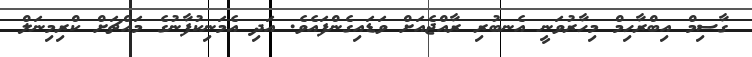
ގާސިމް އިބްރާހިމް މިހާރުވަނީ އެނބުރި ރާއްޖެއަށް ވަޑައިގެންފައެވެ. އަދި އެމަނިކުފާނުގެ މައްޗަށް ކްރިމިނަލް